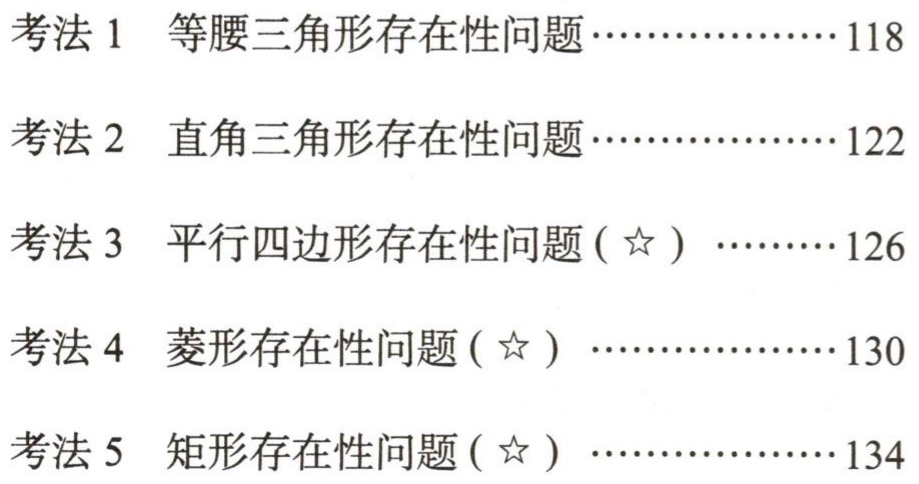
考法 1 等腰三角形存在性问题………………118

考法 2 直角三角形存在性问题………………122

考法 3 平行四边形存在性问题(☆) …………126

考法 4 菱形存在性问题(☆) …………………130

考法 5 矩形存在性问题(☆) …………………134